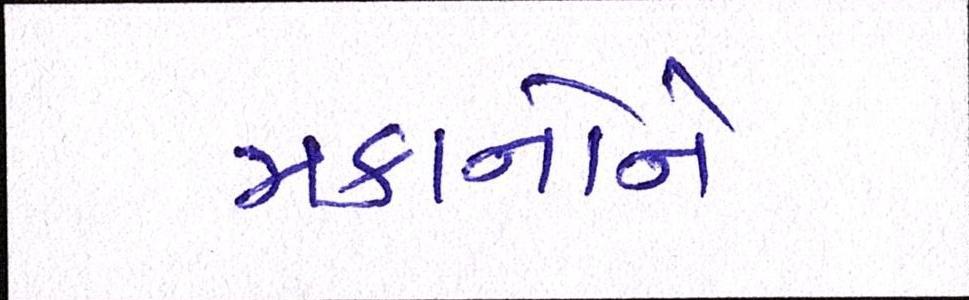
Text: મકાનોને